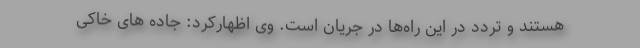
هستند و تردد در این راه‌ها در جریان است. وی اظهارکرد: جاده های خاکی